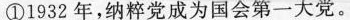
①1932年，纳粹党成为国会第一大党。